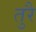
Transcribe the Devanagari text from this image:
तुरै